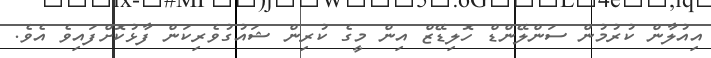
އިއުލާން ކުރުމުން ސަންލޭންޑް ހޮލިޑޭޒް އިން މީގެ ކުރިން ޝައުގުވެރިކަން ފާޅުކޮށްފައިވެ އެވެ.